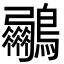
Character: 𮭟